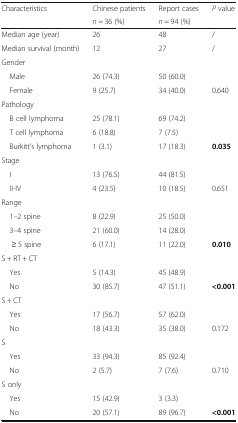
<table><thead><tr><td rowspan="2"><b>Characteristics</b></td><td><b>Chinese patients</b></td><td><b>Report cases</b></td><td rowspan="2"><b><i>P</i> value</b></td></tr><tr><td><b><i>n</i> = 36 (%)</b></td><td><b><i>n</i> = 94 (%)</b></td></tr></thead><tbody><tr><td>Median age (year)</td><td>26</td><td>48</td><td>/</td></tr><tr><td>Median survival (month)</td><td>12</td><td>27</td><td>/</td></tr><tr><td colspan="4">Gender</td></tr><tr><td> Male</td><td>26 (74.3)</td><td>50 (60.0)</td><td></td></tr><tr><td> Female</td><td>9 (25.7)</td><td>34 (40.0)</td><td>0.640</td></tr><tr><td colspan="4">Pathology</td></tr><tr><td> B cell lymphoma</td><td>25 (78.1)</td><td>69 (74.2)</td><td></td></tr><tr><td> T cell lymphoma</td><td>6 (18.8)</td><td>7 (7.5)</td><td></td></tr><tr><td> Burkitt’s lymphoma</td><td>1 (3.1)</td><td>17 (18.3)</td><td><b>0.035</b></td></tr><tr><td colspan="4">Stage</td></tr><tr><td> I</td><td>13 (76.5)</td><td>44 (81.5)</td><td></td></tr><tr><td> II-IV</td><td>4 (23.5)</td><td>10 (18.5)</td><td>0.651</td></tr><tr><td colspan="4">Range</td></tr><tr><td> 1–2 spine</td><td>8 (22.9)</td><td>25 (50.0)</td><td></td></tr><tr><td> 3–4 spine</td><td>21 (60.0)</td><td>14 (28.0)</td><td></td></tr><tr><td>≥ 5 spine</td><td>6 (17.1)</td><td>11 (22.0)</td><td><b>0.010</b></td></tr><tr><td colspan="4">S + RT + CT</td></tr><tr><td> Yes</td><td>5 (14.3)</td><td>45 (48.9)</td><td></td></tr><tr><td> No</td><td>30 (85.7)</td><td>47 (51.1)</td><td><b>&lt;0.001</b></td></tr><tr><td colspan="4">S + CT</td></tr><tr><td> Yes</td><td>17 (56.7)</td><td>57 (62.0)</td><td></td></tr><tr><td> No</td><td>18 (43.3)</td><td>35 (38.0)</td><td>0.172</td></tr><tr><td colspan="4">S</td></tr><tr><td> Yes</td><td>33 (94.3)</td><td>85 (92.4)</td><td></td></tr><tr><td> No</td><td>2 (5.7)</td><td>7 (7.6)</td><td>0.710</td></tr><tr><td colspan="4">S only</td></tr><tr><td> Yes</td><td>15 (42.9)</td><td>3 (3.3)</td><td></td></tr><tr><td> No</td><td>20 (57.1)</td><td>89 (96.7)</td><td><b>&lt;0.001</b></td></tr></tbody></table>